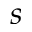
s